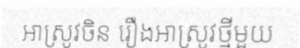
អាស្រូវចិន រឿងអាស្រូវថ្មីមួយ